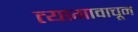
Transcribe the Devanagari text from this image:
त्यागावाचून